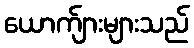
ယောက်ျားများသည်